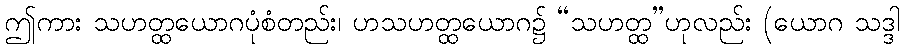
ဤကား သဟတ္ထယောဂပုံစံတည်း၊ ဟသဟတ္ထယောဂ၌ “သဟတ္ထ”ဟုလည်း (ယောဂ သဒ္ဒါ